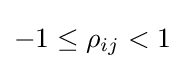
-1\leq \rho _{ij}<1